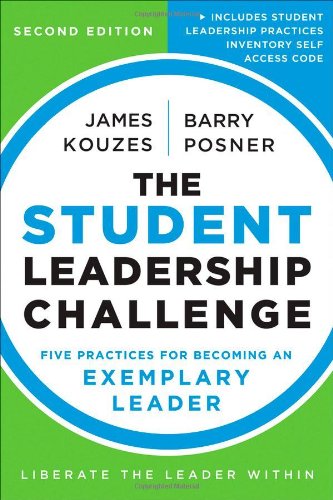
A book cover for The Student Leadership Challenge: Five Practices for Becoming an Exemplary Leader; James M. Kouzes; Education & Teaching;